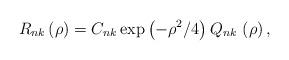
LaTeX: \begin{align*}R_{nk}\left( \rho \right) =C_{nk}\exp \left( -\rho ^{2}/4\right) Q_{nk}\,\left( \rho \right) , \end{align*}